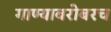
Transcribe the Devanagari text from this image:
गाण्याबरोबरच